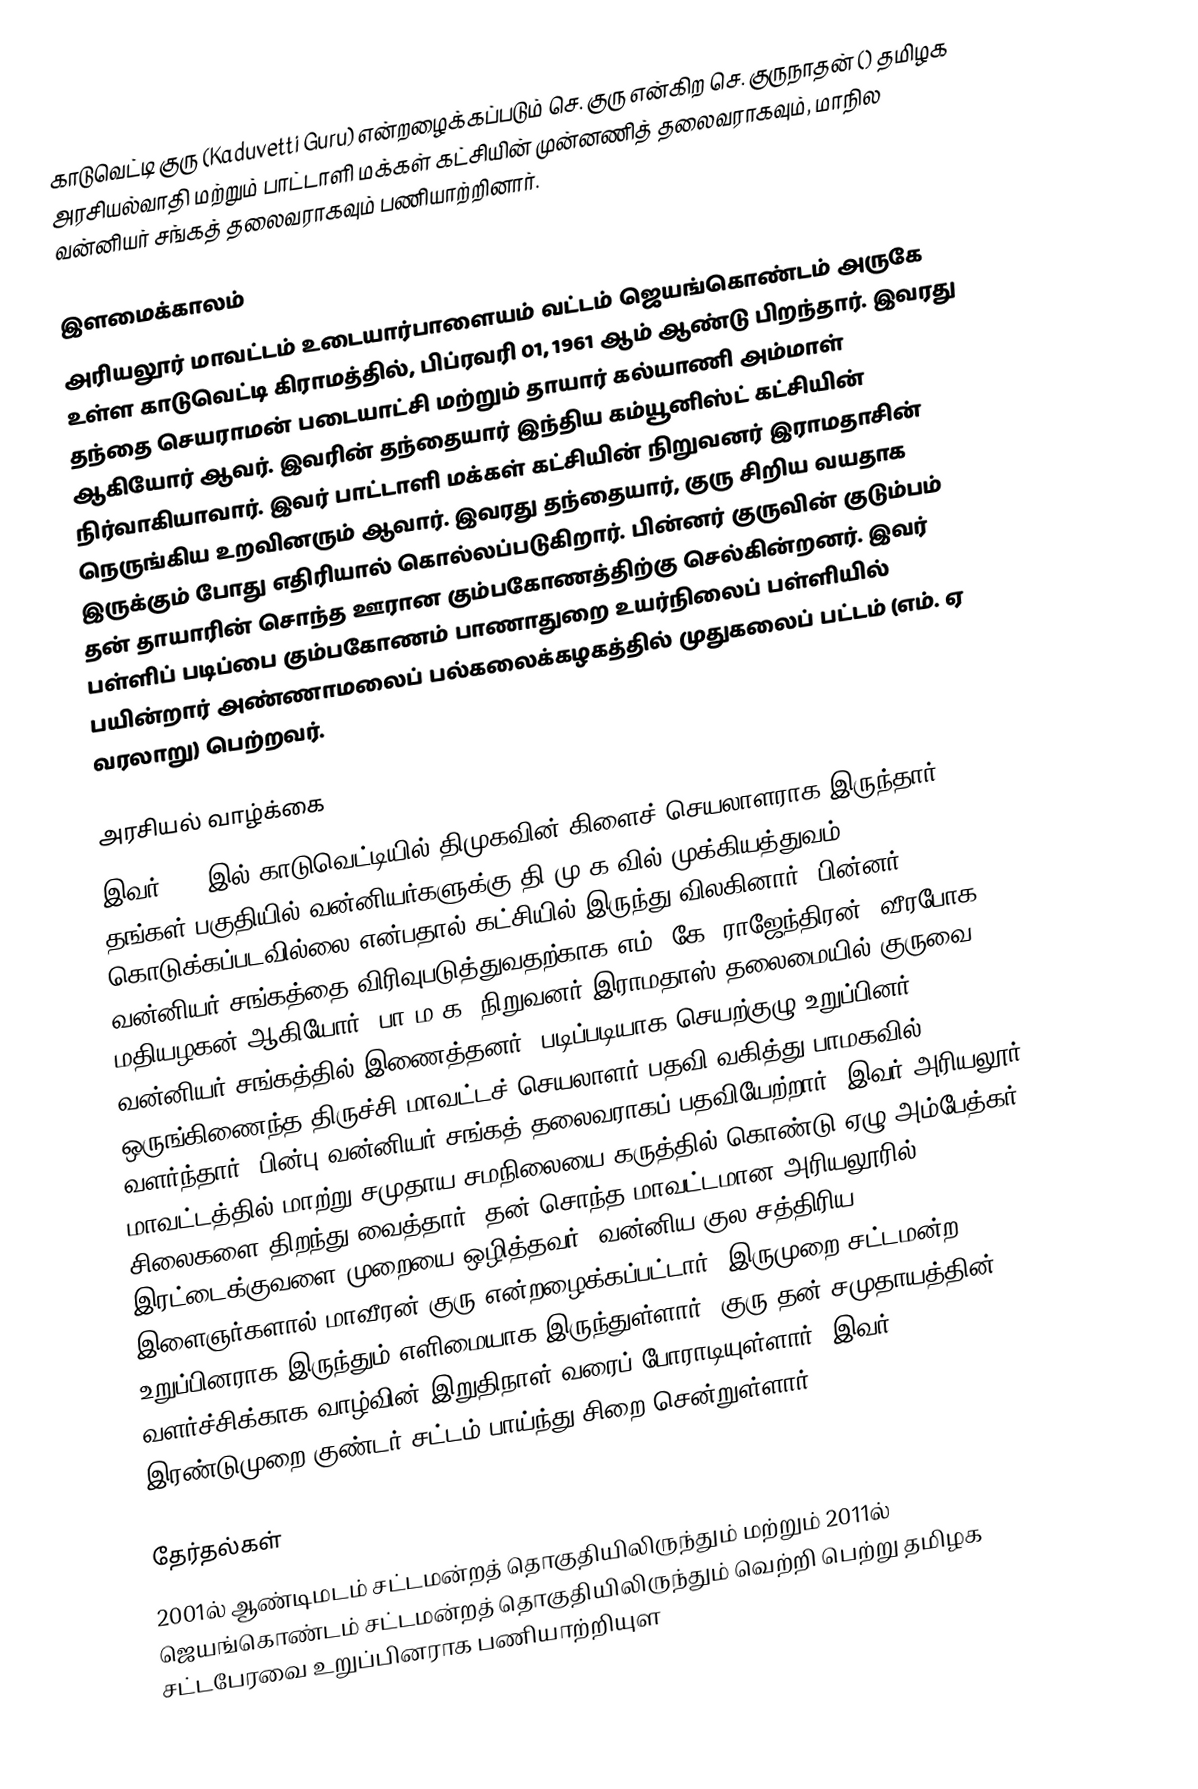
காடுவெட்டி குரு (Kaduvetti Guru) என்றழைக்கப்படும் செ. குரு என்கிற செ. குருநாதன் () தமிழக அரசியல்வாதி மற்றும் பாட்டாளி மக்கள் கட்சியின் முன்னணித் தலைவராகவும், மாநில வன்னியர் சங்கத் தலைவராகவும் பணியாற்றினார்.

இளமைக்காலம்
அரியலூர் மாவட்டம் உடையார்பாளையம் வட்டம் ஜெயங்கொண்டம் அருகே உள்ள காடுவெட்டி கிராமத்தில், பிப்ரவரி 01, 1961 ஆம் ஆண்டு பிறந்தார். இவரது தந்தை செயராமன் படையாட்சி மற்றும் தாயார் கல்யாணி அம்மாள் ஆகியோர் ஆவர். இவரின் தந்தையார் இந்திய கம்யூனிஸ்ட் கட்சியின் நிர்வாகியாவார். இவர் பாட்டாளி மக்கள் கட்சியின் நிறுவனர் இராமதாசின் நெருங்கிய உறவினரும் ஆவார். இவரது தந்தையார், குரு சிறிய வயதாக இருக்கும் போது எதிரியால் கொல்லப்படுகிறார். பின்னர் குருவின் குடும்பம் தன் தாயாரின் சொந்த ஊரான கும்பகோணத்திற்கு செல்கின்றனர். இவர் பள்ளிப் படிப்பை கும்பகோணம் பாணாதுறை உயர்நிலைப் பள்ளியில் பயின்றார் அண்ணாமலைப் பல்கலைக்கழகத்தில் முதுகலைப் பட்டம் (எம். ஏ வரலாறு) பெற்றவர்.

அரசியல் வாழ்க்கை
இவர் 1986இல் காடுவெட்டியில் திமுகவின் கிளைச் செயலாளராக இருந்தார், தங்கள் பகுதியில் வன்னியர்களுக்கு தி.மு.க.வில் முக்கியத்துவம் கொடுக்கப்படவில்லை என்பதால் கட்சியில் இருந்து விலகினார். பின்னர் வன்னியர் சங்கத்தை விரிவுபடுத்துவதற்காக எம். கே. ராஜேந்திரன், வீரபோக. மதியழகன் ஆகியோர், பா.ம.க. நிறுவனர் இராமதாஸ் தலைமையில் குருவை வன்னியர் சங்கத்தில் இணைத்தனர். படிப்படியாக செயற்குழு உறுப்பினர், ஒருங்கிணைந்த திருச்சி மாவட்டச் செயலாளர் பதவி வகித்து பாமகவில் வளர்ந்தார். பின்பு வன்னியர் சங்கத் தலைவராகப் பதவியேற்றார். இவர் அரியலூர் மாவட்டத்தில் மாற்று சமுதாய சமநிலையை கருத்தில் கொண்டு ஏழு அம்பேத்கர் சிலைகளை திறந்து வைத்தார். தன் சொந்த மாவட்டமான அரியலூரில் இரட்டைக்குவளை முறையை ஒழித்தவர். வன்னிய குல சத்திரிய இளைஞர்களால் மாவீரன் குரு என்றழைக்கப்பட்டார். இருமுறை சட்டமன்ற உறுப்பினராக இருந்தும் எளிமையாக இருந்துள்ளார். குரு தன் சமுதாயத்தின் வளர்ச்சிக்காக வாழ்வின் இறுதிநாள் வரைப் போராடியுள்ளார். இவர் இரண்டுமுறை குண்டர் சட்டம் பாய்ந்து சிறை சென்றுள்ளார்.

தேர்தல்கள்
2001ல் ஆண்டிமடம் சட்டமன்றத் தொகுதியிலிருந்தும் மற்றும் 2011ல் ஜெயங்கொண்டம் சட்டமன்றத் தொகுதியிலிருந்தும் வெற்றி பெற்று தமிழக சட்டபேரவை உறுப்பினராக பணியாற்றியுள